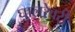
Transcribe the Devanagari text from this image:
घालरेवरी